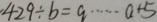
\cdot 4 2 9 \div b = q \cdots a + 5